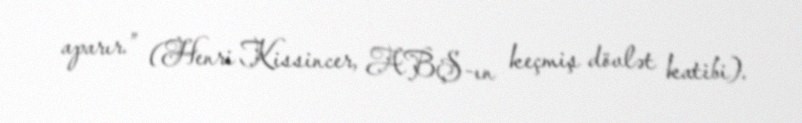
aparır.” (Henri Kissincer, ABŞ-ın keçmiş dövlət katibi).